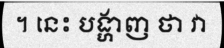
។ នេះ បង្ហាញ ថា វា